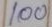
100